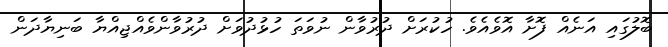
ބޮލުގައި އަނެއް ފޮށާ އޮވެއެވެ. ހުކުރަށް ދުރުވާން ނުވަތަ ހުޅުދުވަށް ދުރުވާންވެއްޖިއްޔާ ބަނިޔާދަން